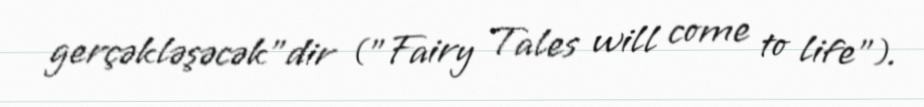
gerçəkləşəcək"dir ("Fairy Tales will come to life").